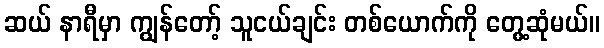
ဆယ် နာရီမှာ ကျွန်တော့် သူငယ်ချင်း တစ်ယောက်ကို တွေ့ဆုံမယ်။